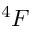
^ 4 F